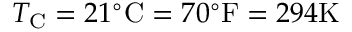
T _ { \mathrm { { C } } } = 2 1 ^ { \circ } { \mathrm { C } } = 7 0 ^ { \circ } { \mathrm { F } } = 2 9 4 { \mathrm { K } }